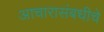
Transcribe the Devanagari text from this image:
आचारासंबधीचे